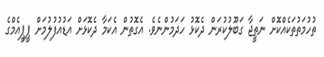
ތުހުމަތުތަކެއްކޮށް ނަތީޖާ ގަބޫލުކުރަން ދެކޮޅު ހަދަމުންނެވެ. އެގޮތުން އެކަމާ ދެކޮޅަށް އަޑުއުފުލުމަށް ޕީޕީއެމްގެ